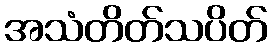
အသံတိတ်သပိတ်